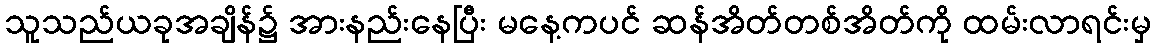
သူသည်ယခုအချိန်၌ အားနည်းနေပြီး မနေ့ကပင် ဆန်အိတ်တစ်အိတ်ကို ထမ်းလာရင်းမှ